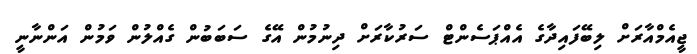
ޖީއެމްއާރަށް ލިބޭފައިދާގެ އެއްޕަސެންޓް ސަރުކާރަށް ދިނުމުން އޭގެ ސަބަބުން ގެއްލުން ވަމުން އަންނާނީ